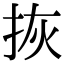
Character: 拻